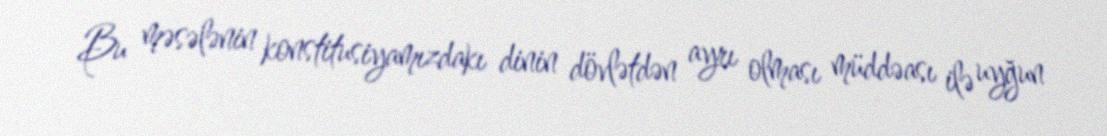
Bu məsələnin konstitusiyamızdakı dinin dövlətdən ayrı olması müddəası ilə uyğun